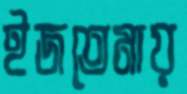
ইজতেমায়